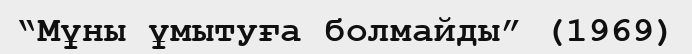
“Мұны ұмытуға болмайды” (1969)